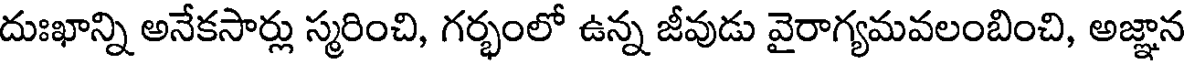
దుఃఖాన్ని అనేకసార్లు స్మరించి, గర్భంలో ఉన్న జీవుడు వైరాగ్యమవలంబించి, అజ్ఞాన